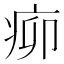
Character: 𤵠